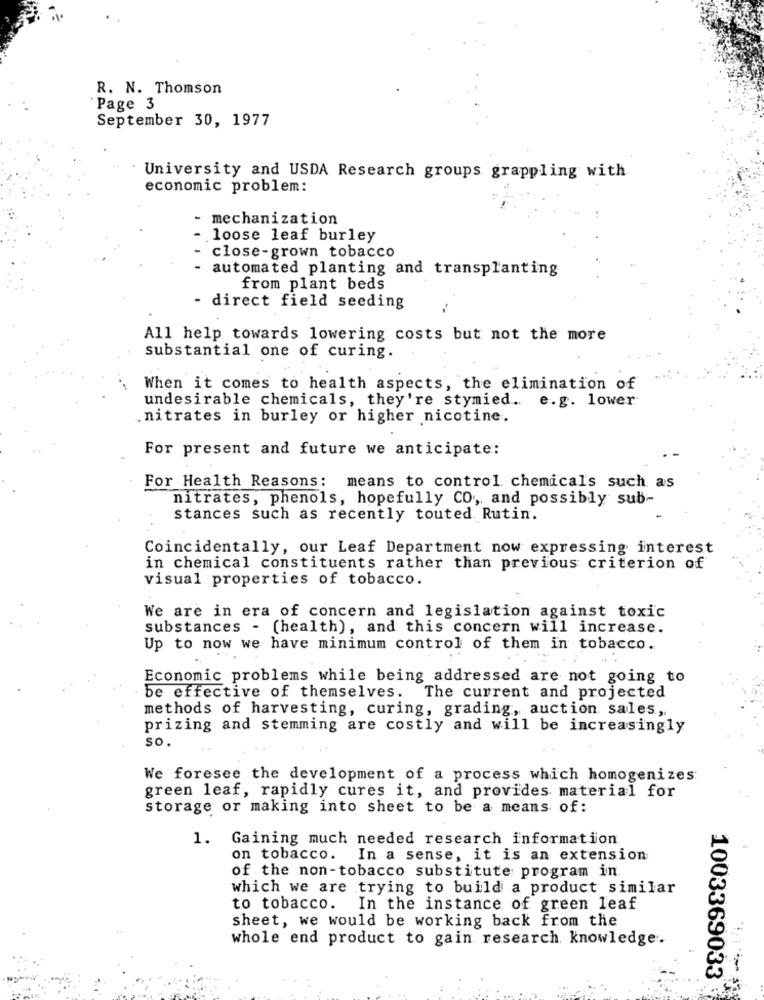
R. N. Thomson
Page 3
September 30, 1977
University and USDA Research groups grappling with
economic problem:
- mechanization
.loose leaf burley
close-grown tobacco
automated planting and transplanting
from plant beds
- direct field seeding
All help towards lowering costs but not the more
substantial one of curing.
When it comes to health aspects, the elimination of
undesirable chemicals, they're stymied .. e.g. lower
.nitrates in burley or higher nicotine.
For present and future we anticipate:
For Health Reasons: means to control chemicals such as
nitrates, phenols, hopefully CO, and possibly sub-
stances such as recently touted Rutin.
Coincidentally, our Leaf Department now expressing interest
in chemical constituents rather than previous criterion of
visual properties of tobacco.
We are in era of concern and legislation against toxic
substances - (health), and this concern will increase.
Up to now we have minimum control of them in tobacco.
Economic problems while being addressed are not going to
be effective of themselves.
The current and projected
methods of harvesting, curing, grading, auction sales,
prizing and stemming are costly and will be increasingly
so.
We foresee the development of a process which homogenizes
green leaf, rapidly cures it, and provides material for
storage or making into sheet to be a means of:
1. Gaining much needed research information.
on tobacco. In a sense, it is an extension
of the non-tobacco substitute program in
which we are trying to build a product similar
to tobacco. In the instance of green leaf
sheet, we would be working back from the
whole end product to gain research knowledge.
1003369033